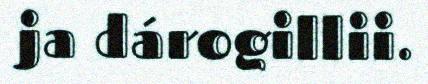
ja dárogillii.